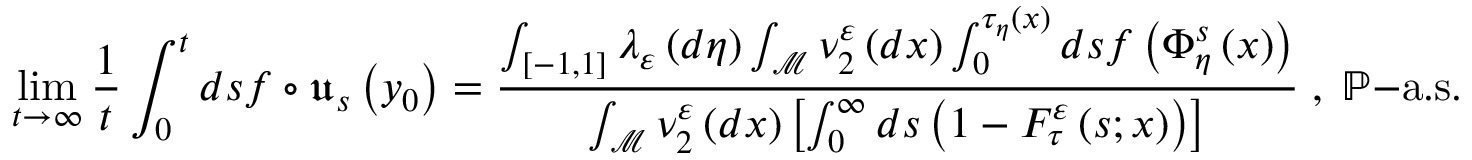
\operatorname* { l i m } _ { t \rightarrow \infty } \frac { 1 } { t } \int _ { 0 } ^ { t } d s f \circ \mathfrak { u } _ { s } \left( y _ { 0 } \right) = \frac { \int _ { \left[ - 1 , 1 \right] } \lambda _ { \varepsilon } \left( d \eta \right) \int _ { \mathcal { M } } \nu _ { 2 } ^ { \varepsilon } \left( d x \right) \int _ { 0 } ^ { \tau _ { \eta } \left( x \right) } d s f \left( \Phi _ { \eta } ^ { s } \left( x \right) \right) } { \int _ { \mathcal { M } } \nu _ { 2 } ^ { \varepsilon } \left( d x \right) \left[ \int _ { 0 } ^ { \infty } d s \left( 1 - F _ { \tau } ^ { \varepsilon } \left( s ; x \right) \right) \right] } \; , \; \mathbb { P } \mathrm { - a . s . }